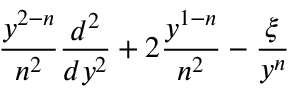
\frac { y ^ { 2 - n } } { n ^ { 2 } } \frac { d ^ { 2 } } { d y ^ { 2 } } + 2 \frac { y ^ { 1 - n } } { n ^ { 2 } } - \frac { \xi } { y ^ { n } }